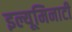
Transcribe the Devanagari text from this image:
इल्यूमिनाटी